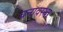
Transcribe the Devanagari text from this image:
घनावस्था